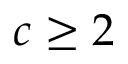
c \geq 2